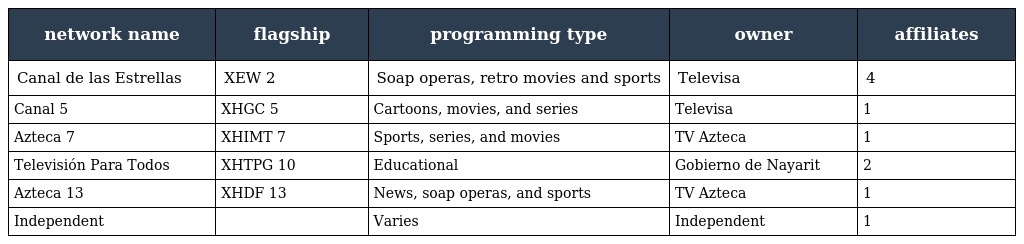
| network name | flagship | programming type | owner | affiliates |
 | --- | --- | --- | --- | --- |
 | Canal de las Estrellas | XEW 2 | Soap operas, retro movies and sports | Televisa | 4 |
 | Canal 5 | XHGC 5 | Cartoons, movies, and series | Televisa | 1 |
 | Azteca 7 | XHIMT 7 | Sports, series, and movies | TV Azteca | 1 |
 | Televisión Para Todos | XHTPG 10 | Educational | Gobierno de Nayarit | 2 |
 | Azteca 13 | XHDF 13 | News, soap operas, and sports | TV Azteca | 1 |
 | Independent |  | Varies | Independent | 1 |